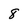
Character: 8